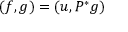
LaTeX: ( f , g ) = ( u , P ^ { * } g )